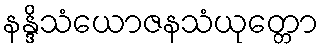
နန္ဒိသံယောဇနသံယုတ္တော